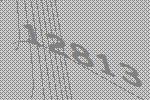
12813